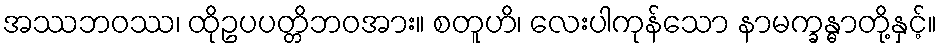
အဿဘဝဿ၊ ထိုဥပပတ္တိဘဝအား။ စတူဟိ၊ လေးပါကုန်သော နာမက္ခန္ဓာတို့နှင့်။